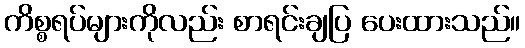
ကိစ္စရပ်များကိုလည်း စာရင်းချပြ ပေးထားသည်။